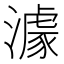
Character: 澽